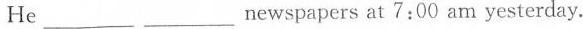
He ___ ___ newspapers at 7:00 am yesterday.